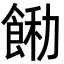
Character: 𩛵